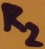
Text: R2